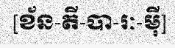
[ខ័ន-តី-បា-រៈ-ម៉ី]